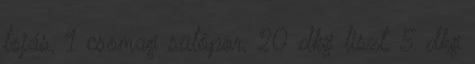
tojás, 1 csomag sütőpor, 20 dkg liszt, 5 dkg